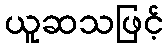
ယူဆသဖြင့်